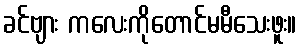
ခင်ဗျား ကလေးကိုတောင်မမီသေးဖူး။